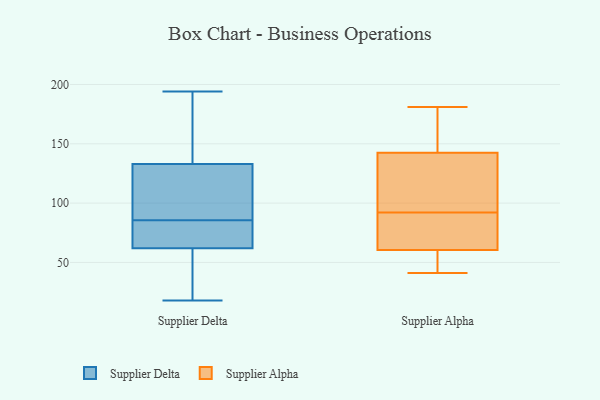
{"axis": {"x": "Humidity (%)", "y": "Value"}, "legend": ["Supplier Alpha", "Supplier Delta"], "data": [{"x": "", "y": 109, "type": "Supplier Delta"}, {"x": "", "y": 135, "type": "Supplier Delta"}, {"x": "", "y": 18, "type": "Supplier Delta"}, {"x": "", "y": 51, "type": "Supplier Delta"}, {"x": "", "y": 82, "type": "Supplier Delta"}, {"x": "", "y": 131, "type": "Supplier Delta"}, {"x": "", "y": 92, "type": "Supplier Delta"}, {"x": "", "y": 32, "type": "Supplier Delta"}, {"x": "", "y": 27, "type": "Supplier Delta"}, {"x": "", "y": 72, "type": "Supplier Delta"}, {"x": "", "y": 74, "type": "Supplier Delta"}, {"x": "", "y": 62, "type": "Supplier Delta"}, {"x": "", "y": 89, "type": "Supplier Delta"}, {"x": "", "y": 180, "type": "Supplier Delta"}, {"x": "", "y": 148, "type": "Supplier Delta"}, {"x": "", "y": 65, "type": "Supplier Delta"}, {"x": "", "y": 194, "type": "Supplier Delta"}, {"x": "", "y": 133, "type": "Supplier Delta"}, {"x": "", "y": 156, "type": "Supplier Alpha"}, {"x": "", "y": 58, "type": "Supplier Alpha"}, {"x": "", "y": 48, "type": "Supplier Alpha"}, {"x": "", "y": 181, "type": "Supplier Alpha"}, {"x": "", "y": 41, "type": "Supplier Alpha"}, {"x": "", "y": 88, "type": "Supplier Alpha"}, {"x": "", "y": 156, "type": "Supplier Alpha"}, {"x": "", "y": 79, "type": "Supplier Alpha"}, {"x": "", "y": 48, "type": "Supplier Alpha"}, {"x": "", "y": 96, "type": "Supplier Alpha"}, {"x": "", "y": 63, "type": "Supplier Alpha"}, {"x": "", "y": 87, "type": "Supplier Alpha"}, {"x": "", "y": 149, "type": "Supplier Alpha"}, {"x": "", "y": 136, "type": "Supplier Alpha"}, {"x": "", "y": 116, "type": "Supplier Alpha"}, {"x": "", "y": 115, "type": "Supplier Alpha"}]}